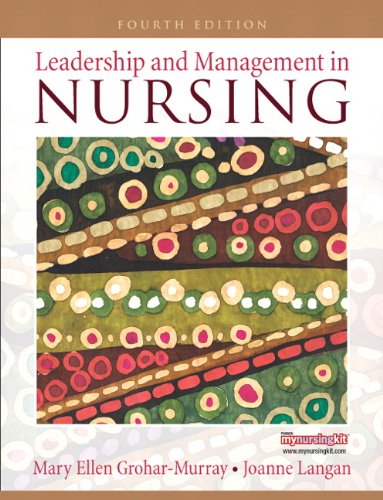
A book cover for Leadership and Management in Nursing (4th Edition); Mary Ellen Grohar-Murray; Medical Books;